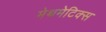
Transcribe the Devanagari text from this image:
मेथमेटिक्स